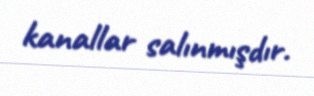
kanallar salınmışdır.